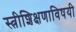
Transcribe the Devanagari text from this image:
स्त्रीशिक्षणाविषयी